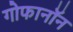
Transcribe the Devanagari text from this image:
गोफानॉन